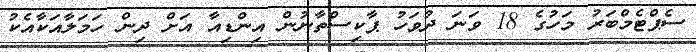
ސެޕްޓެމްބަރު މަހުގެ 18 ވަނަ ދުވަހު ޕާކިސްތާނުން އިންޑިއާ އަށް ދިން ހަމަލާއަކާއެކު